Civil Veterinary Department. United Provinces 1932-42 - 1932-1942
Year: 1932
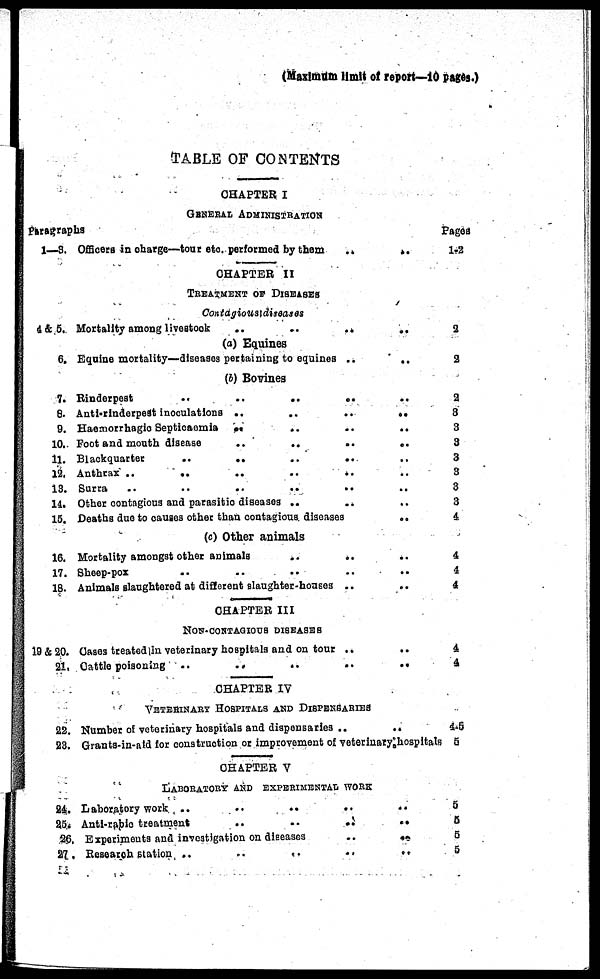
(Maximum limit of report—10 pages.)
TABLE OF CONTENTS
CHAPTER I
GENERAL ADMINISTRATION
Paragraphs
1—3. Officers in charge—tour etc. performed by them
..
..
CHAPTER II
TREATMENT OF DISEASE
Contagious diseases
4 & 5. Mortality among livestock
..
..
..
..
(a) Equines
6. Equine mortality—diseases pertaining to equines ..
..
(b) Bovines
7. Rinderpest
..
..
..
..
6. Anti-rinderpest inoculations ..
..
..
..
9. Haemorrhagic Septicaemia
..
..
..
..
10. Foot and mouth disease
..
..
..
..
11. Blackquartet
..
..
..
..
12, Anthrax ..
..
..
..
..
13. Surra .. .. .. .. .. .. ..
11. Other contagious and parasitic diseases ..
..
..
15. Deaths due to causes other than contagious diseases
..
(c) Other animals
16. Mortality amongst other animals
..
..
17. Sheep-pox
18. Animals slaughtered at different slaughter-horses .. ..
CHAPTER III
NON-CONTAGIOUS DISEASES
19 & 20. Cases treated in veterinary hospitals and on tour ..
..
21. Cattle poisoning ..
..
..
..
..
CHAPTER IV
VETERINARY HOSPITALS AND DISPENSARIES
22. Number of veterinary hospitals and dispensaries ..
..
23. Grants-in-aid for construction or improvement of veterinary hospitals
CHAPTER V
LABORATORY AND EXPERIMENTAL WORK
24. Laboratory work ..
..
..
..
25. Anti-rabic treatment
..
..
.. ..
26, Experiments and investigation on diseases
..
..
27. Research station ..
..
..
..
..
Pages
1-2
2
2
2
3
3
3
3
3
3
3
4
4
4
4
4
4
4-5
5
5
5
5
5